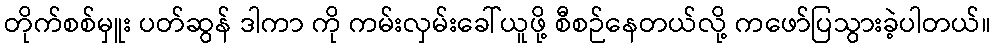
တိုက်စစ်မှူး ပတ်ဆွန် ဒါကာ ကို ကမ်းလှမ်းခေါ်ယူဖို့ စီစဉ်နေတယ်လို့ ကဖော်ပြသွားခဲ့ပါတယ်။